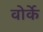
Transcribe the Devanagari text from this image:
वोर्के